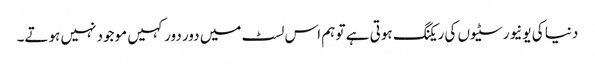
دنیا کی یونیورسٹیوں کی ریکنگ ہوتی ہے تو ہم اس لسٹ میں دور دور کہیں موجود نہیں ہوتے۔